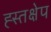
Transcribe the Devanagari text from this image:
ह्स्तक्षेप